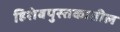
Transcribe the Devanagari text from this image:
हिशेबपुस्तकातील